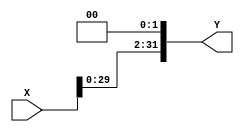
`timescale 1ns/1ns

module shiftL(
	input [31:0] X,
	output [31:0] Y
);

assign Y = (X << 2);

endmodule